Annual report of the Punjab Veterinary College and of the Civil Veterinary Department, Punjab - 1894-1908
Year: 1894
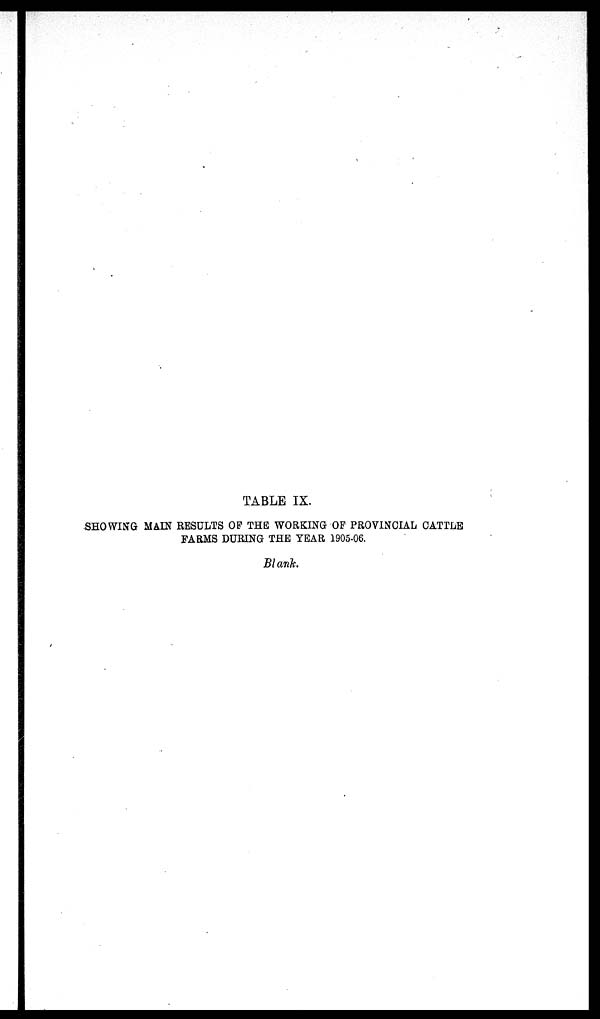
TABLE IX.
SHOWING MAIN RESULTS OF THE WORKING OF PROVINCIAL CATTLE
FARMS DURING THE YEAR 1905-06.
Blank.